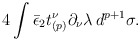
\begin{align*}4 \int \bar\epsilon_2 t_{(p)}^\nu \partial_\nu \lambda\, d^{p+1} \sigma.\end{align*}